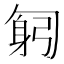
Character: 匑